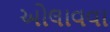
ઓલાવવા